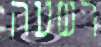
רשעה